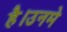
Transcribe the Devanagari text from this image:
है।उनमे